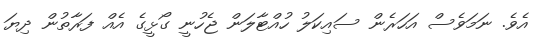
އެވެ. ނަމަވެސް އަހަރެން ސައިކަލު ހުއްޓާލަން ޖެހުނީ ގޯޅީގެ އެއް ފަރާތުން ދިޔަ